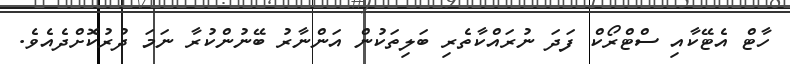
ހާޓް އެޓޭކާއި ސްޓްރޯކް ފަދަ ނުރައްކާތެރި ބަލިތަކުން އަންނާރު ބޭނުންކުރާ ނަމަ ދުރުކޮށްދެއެވެ.